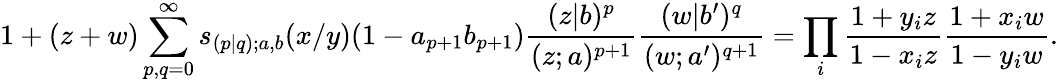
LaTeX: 1+(z+w)\sum_{p,q=0}^{\infty}s_{(p|q);a,b}(x/y)(1-a_{p+1}b_{p+1})\frac{(z|b)^{p}}{(z;a)^{p+1}}\frac{(w|b^{\prime})^{q}}{(w;a^{\prime})^{q+1}}=\prod_{i}\frac{1+y_{i}z}{1-x_{i}z}\frac{1+x_{i}w}{1-y_{i}w}.